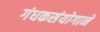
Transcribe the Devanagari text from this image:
गंधकसंयोगाने